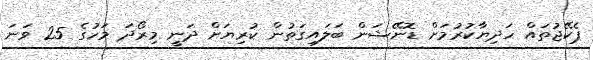
ޕެކޭޖުތައް ހަދިޔާކުރުމަށް ޑޮނޭޝަން ބަލައިގަތުން ކުރިޔަށް ދަނީ މިރޯދަ މަހުގެ 25 ވަނަ